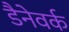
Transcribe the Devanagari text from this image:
डैनेवर्क